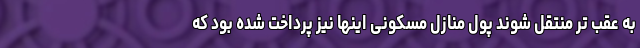
به عقب تر منتقل شوند پول منازل مسکونی اینها نیز پرداخت شده بود که